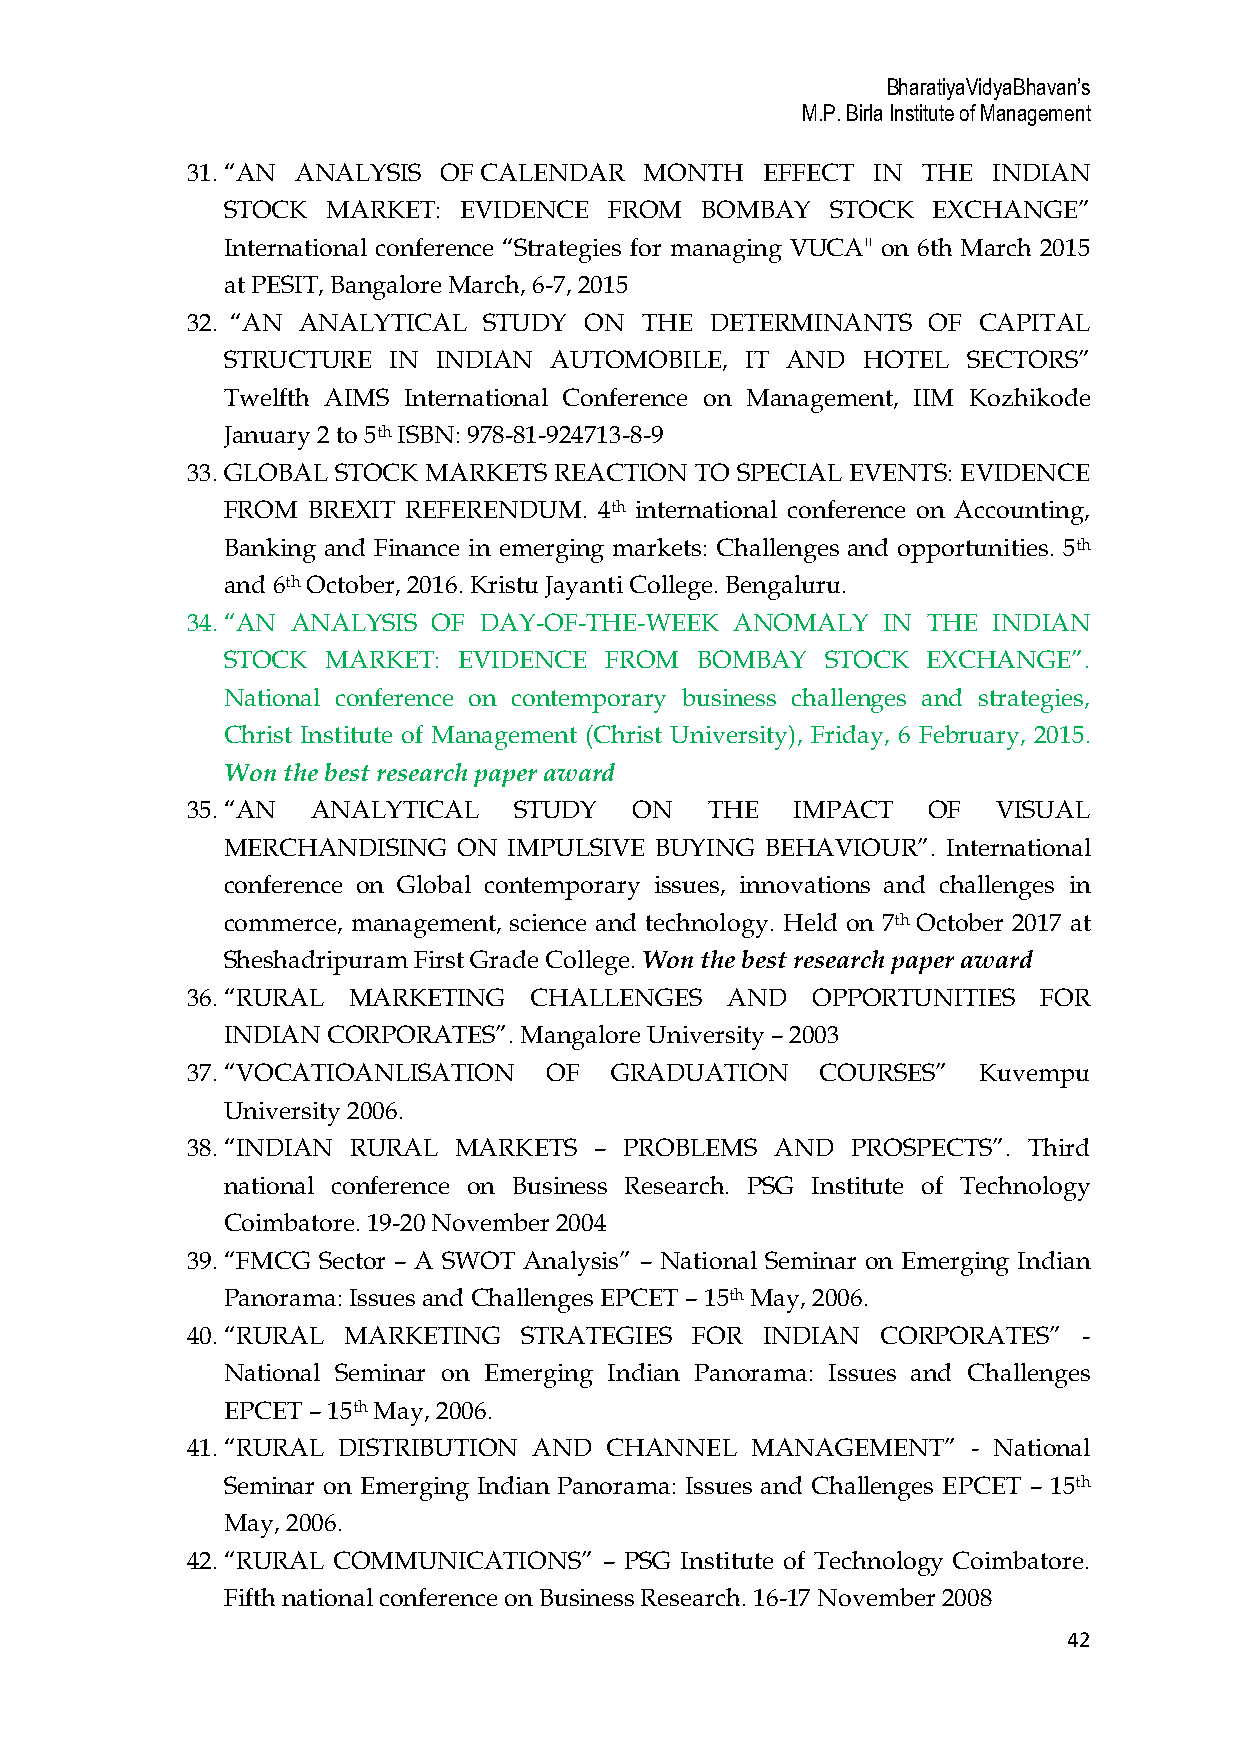
BharatiyaVidyaBhavan’s
 M.P. Birla Institute of Management
 31.“AN  ANALYSIS OF CALENDAR   MONTH   EFFECT IN THE  INDIAN
 STOCK  MARKET: EVIDENCE  FROM  BOMBAY   STOCK  EXCHANGE”
 International conference “Strategies for managing VUCA" on 6th March 2015
 at PESIT, Bangalore March, 6-7, 2015
 32. “AN ANALYTICAL  STUDY  ON THE  DETERMINANTS   OF CAPITAL
 STRUCTURE  IN INDIAN AUTOMOBILE,  IT AND  HOTEL  SECTORS”
 Twelfth AIMS International Conference on Management, IIM Kozhikode
 January 2 to 5th ISBN: 978-81-924713-8-9
 33.GLOBAL STOCK MARKETS  REACTION TO SPECIAL EVENTS: EVIDENCE
 FROM BREXIT REFERENDUM.  4th international conference on Accounting,
 Banking and Finance in emerging markets: Challenges and opportunities. 5th
 and 6th October, 2016. Kristu Jayanti College. Bengaluru.
 34.“AN ANALYSIS  OF DAY-OF-THE-WEEK  ANOMALY  IN THE  INDIAN
 STOCK  MARKET: EVIDENCE  FROM  BOMBAY   STOCK EXCHANGE”.
 National conference on contemporary business challenges and strategies,
 Christ Institute of Management (Christ University), Friday, 6 February, 2015.
 Won the best research paper award
 35.“AN   ANALYTICAL   STUDY   ON   THE   IMPACT  OF   VISUAL
 MERCHANDISING  ON  IMPULSIVE BUYING BEHAVIOUR”. International
 conference on Global contemporary issues, innovations and challenges in
 commerce, management, science and technology. Held on 7th October 2017 at
 Sheshadripuram First Grade College. Won the best research paper award
 36.“RURAL  MARKETING   CHALLENGES   AND   OPPORTUNITIES  FOR
 INDIAN CORPORATES”. Mangalore University – 2003
 37.“VOCATIOANLISATION   OF  GRADUATION    COURSES”   Kuvempu
 University 2006.
 38.“INDIAN RURAL  MARKETS  – PROBLEMS  AND  PROSPECTS”. Third
 national conference on Business Research. PSG Institute of Technology
 Coimbatore. 19-20 November 2004
 39.“FMCG Sector – A SWOT Analysis” – National Seminar on Emerging Indian
 Panorama: Issues and Challenges EPCET – 15th May, 2006.
 40.“RURAL  MARKETING   STRATEGIES FOR  INDIAN CORPORATES”   -
 National Seminar on Emerging Indian Panorama: Issues and Challenges
 EPCET – 15th May, 2006.
 41.“RURAL DISTRIBUTION AND  CHANNEL   MANAGEMENT”   - National
 Seminar on Emerging Indian Panorama: Issues and Challenges EPCET – 15th
 May, 2006.
 42.“RURAL COMMUNICATIONS”   – PSG Institute of Technology Coimbatore.
 Fifth national conference on Business Research. 16-17 November 2008
 42